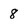
Character: 8